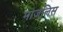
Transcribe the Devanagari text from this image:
माजलिस